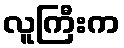
လူကြီးက